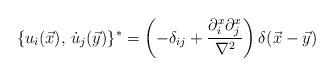
LaTeX: \begin{align*}\{u_i(\vec x),\, \dot u_j(\vec y)\}^* = \left( -\delta_{ij} + {\partial_i^x\partial_j^x\over{\nabla^2}}\right)\delta(\vec x - \vec y)\end{align*}